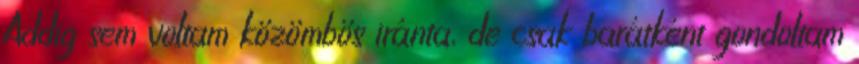
Addig sem voltam közömbös iránta, de csak barátként gondoltam